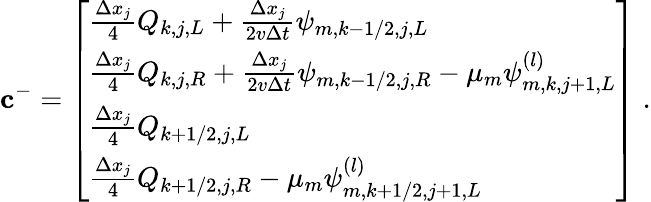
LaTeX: \mathbf{c}^{-}=\left[\begin{array}{l}{\frac{\Delta x_{j}}{4}Q_{k,j,L}+\frac{\Delta x_{j}}{2v\Delta t}\psi_{m,k-1/2,j,L}}\\ {\frac{\Delta x_{j}}{4}Q_{k,j,R}+\frac{\Delta x_{j}}{2v\Delta t}\psi_{m,k-1/2,j,R}-\mu_{m}\psi_{m,k,j+1,L}^{(l)}}\\ {\frac{\Delta x_{j}}{4}Q_{k+1/2,j,L}}\\ {\frac{\Delta x_{j}}{4}Q_{k+1/2,j,R}-\mu_{m}\psi_{m,k+1/2,j+1,L}^{(l)}}\end{array}\right]\; .